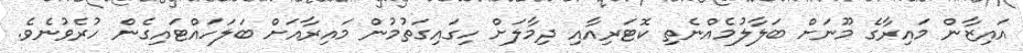
އައިޒާން މައިރާގެ މޫނަށް ބަލާލުމެއްނެތި ކޮޓަރިއާއި ދިމާލަށް ހިގައިގަތުމުން މައިރާއަށް ބަލަހައްޓައިގެން ހުރެވުނެވެ.